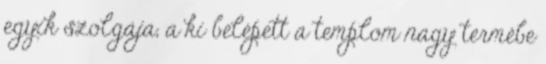
egyik szolgája, a ki belépett a templom nagy termébe